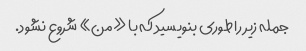
جمله زیر را طوری بنویسید که با «من» شروع نشود.